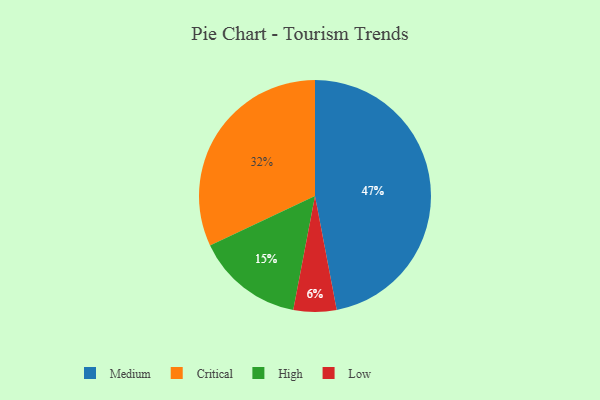
{"axis": {"x": "Category", "y": "Percentage"}, "legend": ["Critical", "High", "Low", "Medium"], "data": [{"x": "Critical", "y": 32, "type": "Critical"}, {"x": "Medium", "y": 47, "type": "Medium"}, {"x": "High", "y": 15, "type": "High"}, {"x": "Low", "y": 6, "type": "Low"}]}